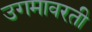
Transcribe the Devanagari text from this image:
उगमावरती